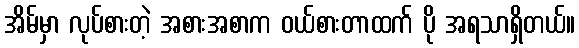
အိမ်မှာ လုပ်စားတဲ့ အစားအစာက ဝယ်စားတာထက် ပို အရသာရှိတယ်။